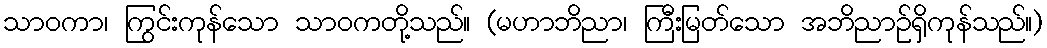
သာဝကာ၊ ကြွင်းကုန်သော သာဝကတို့သည်။ (မဟာဘိညာ၊ ကြီးမြတ်သော အဘိညာဉ်ရှိကုန်သည်။)